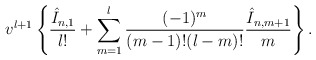
\begin{align*} v^{l+1}\left\{\frac{\hat{I}_{n,1}}{l!}+\sum_{m=1}^l\frac{(-1)^m}{(m-1)!(l-m)!}\frac{\hat{I}_{n,m+1}}{m}\right\}.\end{align*}